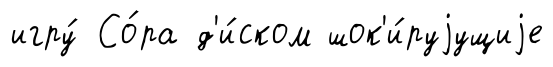
игру́ Со́ра д'и́ском шок'и́руjущиjе